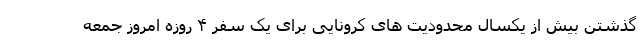
گذشتن بیش از یکسال محدودیت های کرونایی برای یک سفر ۴ روزه امروز جمعه